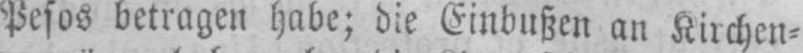
Pesos betragen habe; die Einbußen an Kirchen⸗